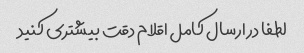
لطفا در ارسال کامل اقلام دقت بیشتری کنید